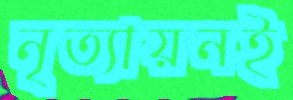
নৃত্যায়নই